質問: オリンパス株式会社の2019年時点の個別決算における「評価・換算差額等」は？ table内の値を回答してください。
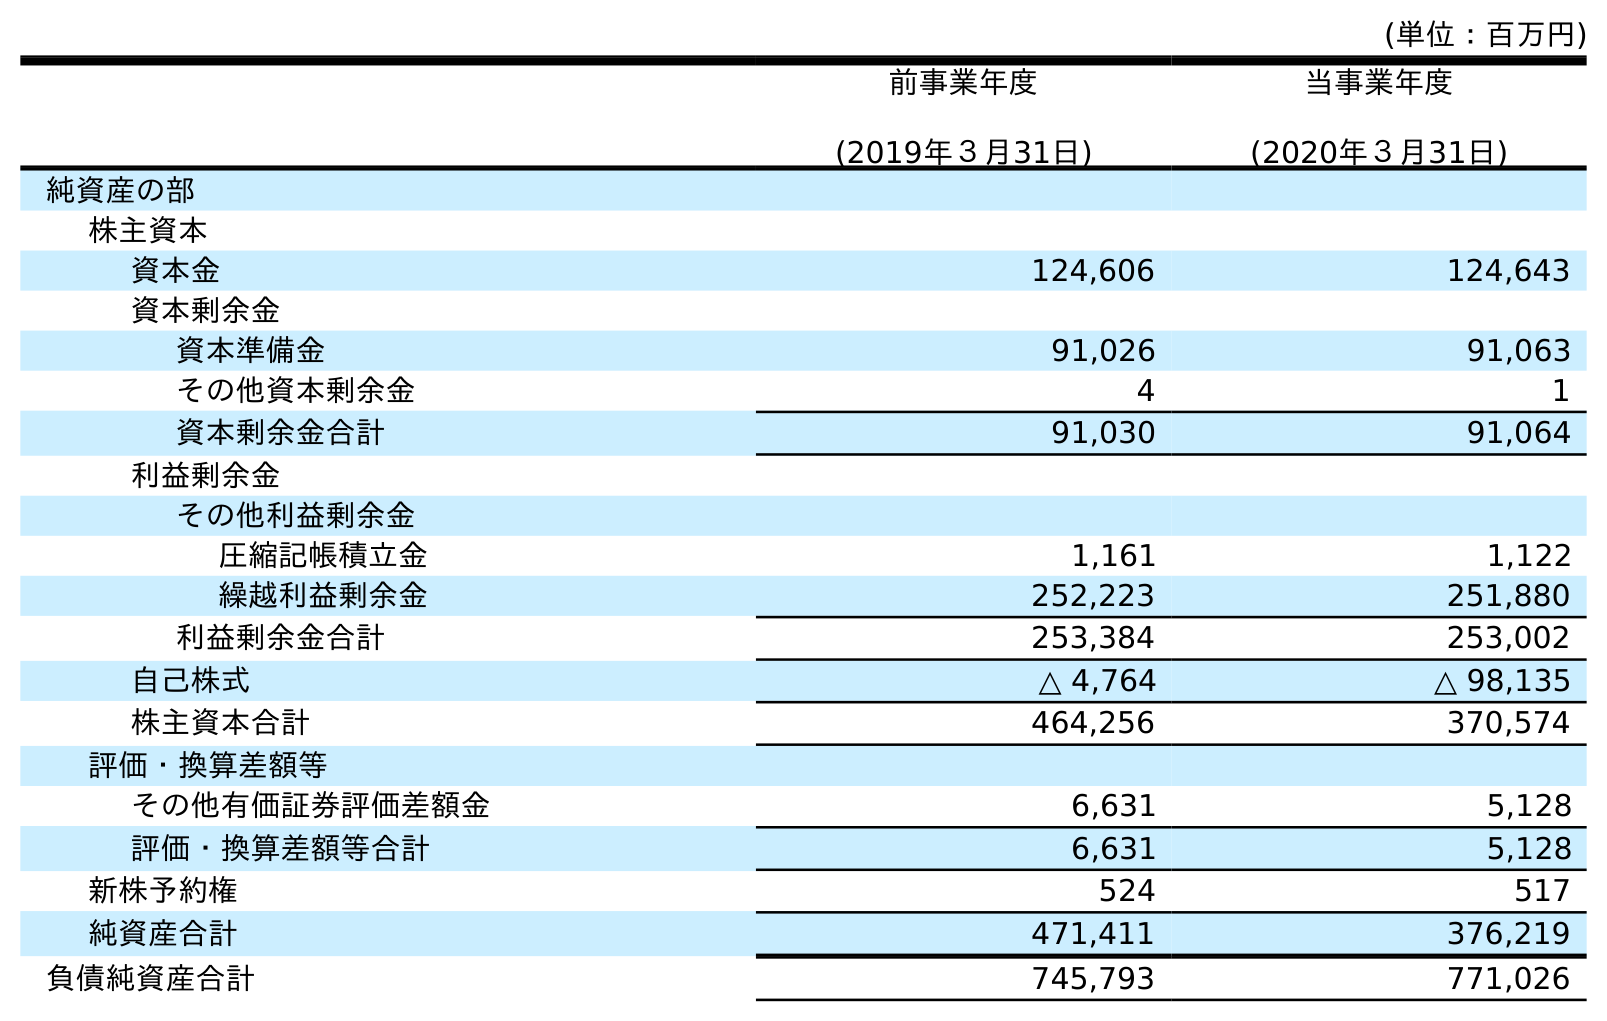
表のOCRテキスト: (単位：百万円) 前事業年度 (2019年３月31日) 当事業年度 (2020年３月31日) 純資産の部 株主資本 資本金 124,606 124,643 資本剰余金 資本準備金 91,026 91,063 その他資本剰余金 4 1 資本剰余金合計 91,030 91,064 利益剰余金 その他利益剰余金 圧縮記帳積立金 1,161 1,122 繰越利益剰余金 252,223 251,880 利益剰余金合計 253,384 253,002 自己株式 △ 4,764 △ 98,135 株主資本合計 464,256 370,574 評価・換算差額等 その他有価証券評価差額金 6,631 5,128 評価・換算差額等合計 6,631 5,128 新株予約権 524 517 純資産合計 471,411 376,219 負債純資産合計 745,793 771,026
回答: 6,631